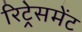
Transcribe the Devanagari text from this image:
रिट्रेसमेंट